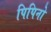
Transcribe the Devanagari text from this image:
पिपिनो